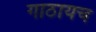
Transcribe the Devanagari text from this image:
गाठायच